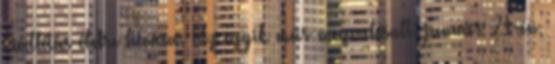
kiállítás életre hívása. Az egyik már megvalósult: január 21-én,